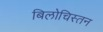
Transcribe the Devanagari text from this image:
बिलोचिस्तन